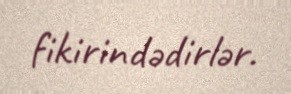
fikirindədirlər.